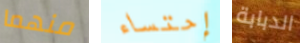
منهما إحتساء الدبابة